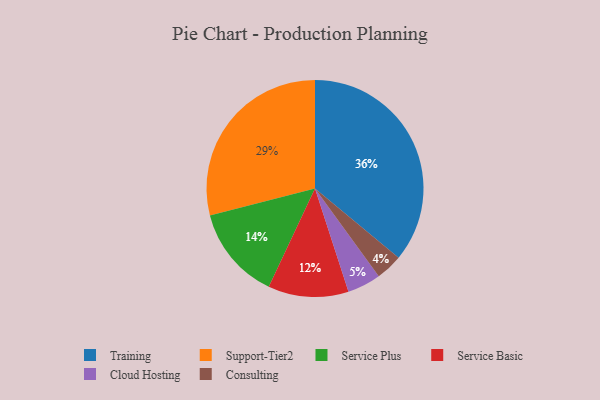
{"axis": {"x": "Category", "y": "Percentage"}, "legend": ["Cloud Hosting", "Consulting", "Service Basic", "Service Plus", "Support-Tier2", "Training"], "data": [{"x": "Service Plus", "y": 14, "type": "Service Plus"}, {"x": "Support-Tier2", "y": 29, "type": "Support-Tier2"}, {"x": "Training", "y": 36, "type": "Training"}, {"x": "Service Basic", "y": 12, "type": "Service Basic"}, {"x": "Cloud Hosting", "y": 5, "type": "Cloud Hosting"}, {"x": "Consulting", "y": 4, "type": "Consulting"}]}